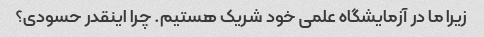
زیرا ما در آزمایشگاه علمی خود شریک هستیم. چرا اینقدر حسودی؟